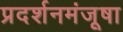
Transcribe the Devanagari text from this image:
प्रदर्शनमंजूषा